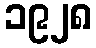
၁၉၂၈